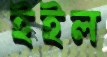
ইইল